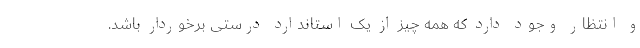
و انتظار وجود دارد که همه چیز از یک استاندارد درستی برخوردار باشد.